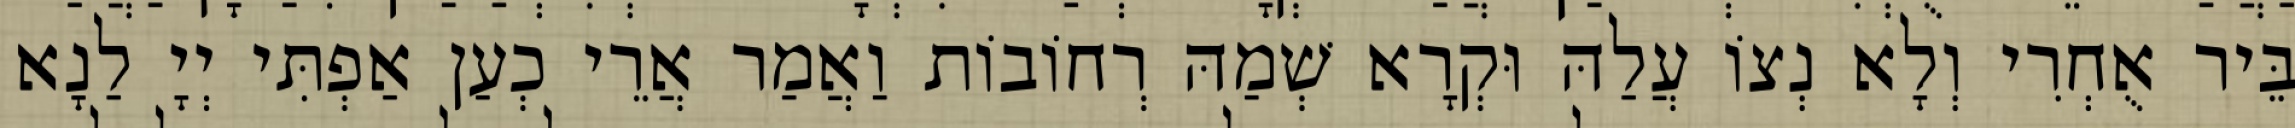
בֵּיר אֻחְרִי וְלָא נְצוֹ עֲלַהּ וּקְרָא שְׁמַהּ רְחוֹבוֹת וַאֲמַר אֲרֵי כְעַן אַפְתִּי יְיָ לַנָא